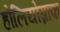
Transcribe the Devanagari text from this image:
होलियोग्राफ